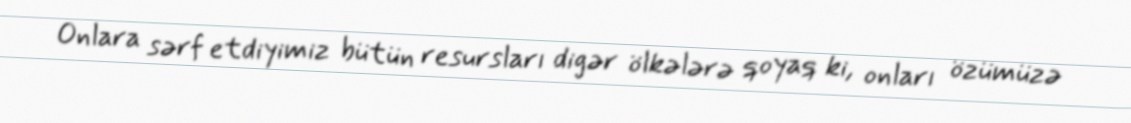
Onlara sərf etdiyimiz bütün resursları digər ölkələrə qoyaq ki, onları özümüzə